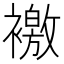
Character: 𧝳